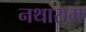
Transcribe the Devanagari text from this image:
नथाराम